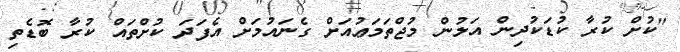
"ކުށް ކުރާ ކުޑަކުދިން އަލުން މުޖްތަމަޢުއަށް ގެނައުމަށް އެފަދަ ކުށްތައް ކުރާ ބޮޑެތި